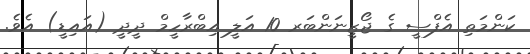
ކަންމަތި އެފްސީ ގެ ޖޯޒީނަންބަރ 10 އަލީ އިބްރާހީމް ދީދީ (އައިޑީ) އެވެ.